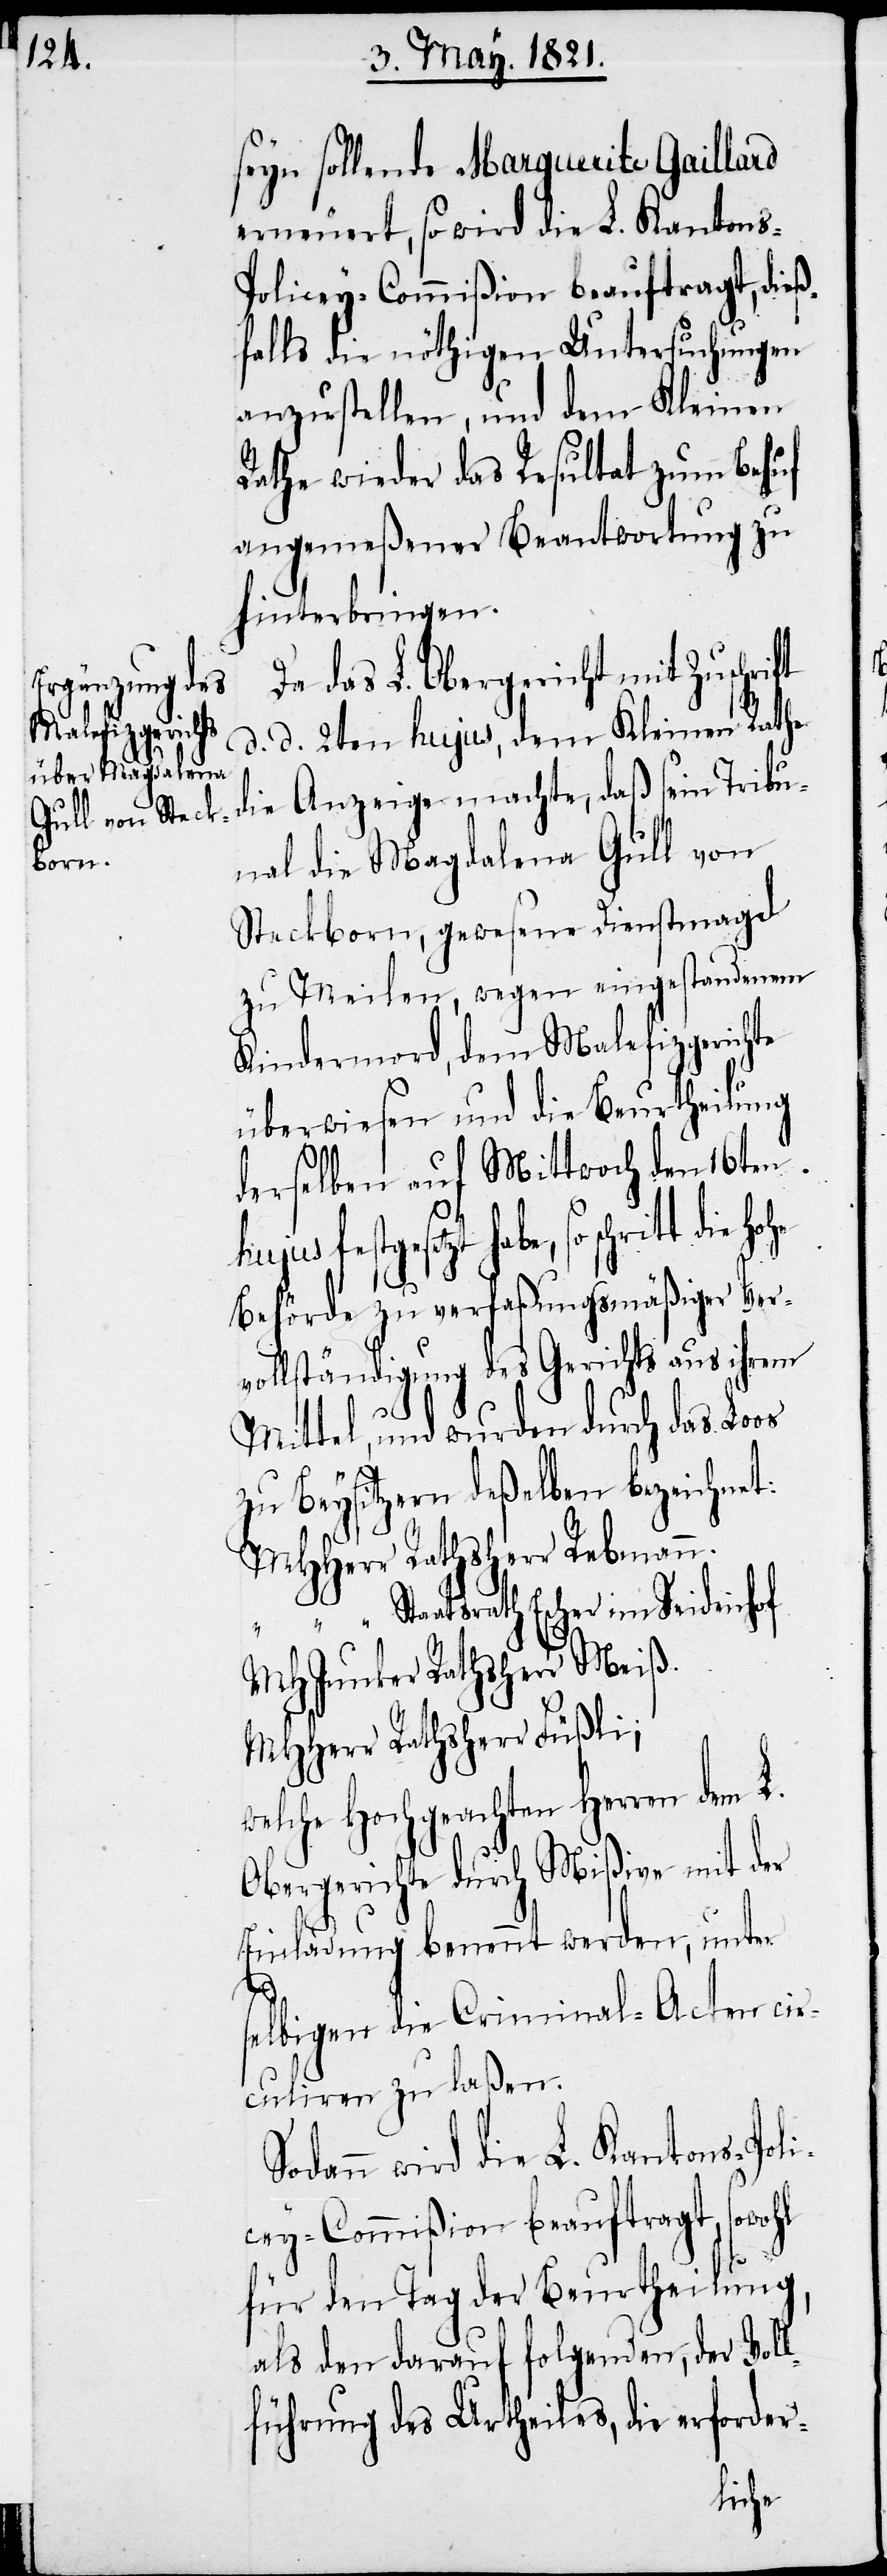
seyn sollende Marguerite Gaillard
erneuert, so wird die L. Kantons-P¬
olicey-Commißion beauftragt, dieß¬
falls die nöthigen Untersuchungen
anzustellen, und dem Kleinen
Rathe wieder das Resultat zum Behuf
angemeßener Beantwortung zu
hinterbringen.
Da das L. Obergericht mit Zuschrift
d. d. 2ten hujus, dem Kleinen Rathe
die Anzeige machte, daß sein Tribu¬
nal die Magdalena Gull von
Steckborn, gewesene Dienstmagd
zu Meilen, wegen eingestandenem
Kindsmord, dem Malefizgerichte
überwiesen und die Beurtheilung
derselben auf Mittwoch den 16ten
festgesetzt habe, so schritt die
Behörde zu verfaßungsmäßiger Ver¬
vollständigung des Gerichts aus ihrem
Mittel, und wurden durch das Loos
zu Beysitzern deßelben bezeichnet:
MHHerr 	Rathsherr Rebmann.
“		Staatsrath Escher im Seidenhof.
MHJunker 	Ratsherr Meiß.
welche Hochgeachten Herren dem L.
Obergerichte durch Mißiven mit der
Einladung benennt werden, unter
selbigen die Criminal-Acten cir¬
culiren zu laßen.
Sodann wird die L. Kantons-Poli¬
cey-Commißion beauftragt, sowohl
für den Tag der Beurtheilung,
als den darauf folgenden, der Vol¬
lführung des Urtheiles, die erforder-